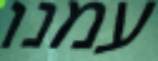
עמנו